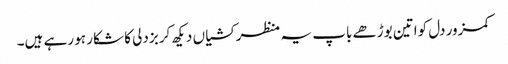
کمزور دل کواتین بوڑھے باپ یہ منظر کشیاں دیکھ کر بزدلی کا شکار ہو رہے ہیں۔